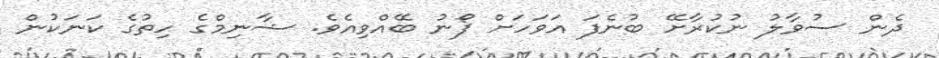
ދެން ސުވާލު ނުކުރާށޭ ބުނެފަ އަވަހަށް ފޯނު ބޭއްވިއެވެ. ޝާނިމްގެ ހިތުގެ ކަނަކުން